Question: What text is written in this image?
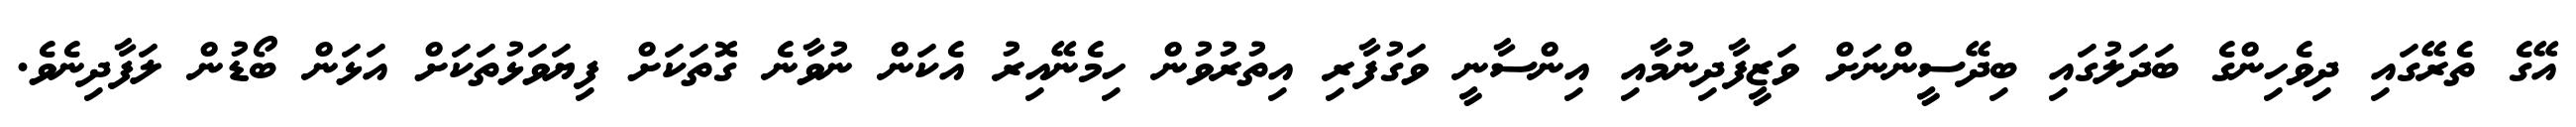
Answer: އޭގެ ތެރޭގައި ދިވެހިންގެ ބަދަލުގައި ބިދޭސީންނަށް ވަޒީފާދިނުމާއި އިންސާނީ ވަގުފާރި އިތުރުވުން ހިމެނޭއިރު އެކަން ނުވާނެ ގޮތަކަށް ފިޔަވަޅުތަކަށް އަޅަން ބޯޑުން ލަފާދިނެވެ.